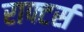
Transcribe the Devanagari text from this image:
राफ्टर्स